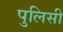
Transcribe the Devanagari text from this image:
पुलिसी